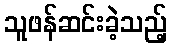
သူဖန်ဆင်းခဲ့သည့်